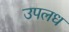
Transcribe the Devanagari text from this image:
उपलध